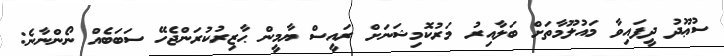
ސުޢޫދު ދީފައިވާ މައުލޫމާތަށް ބަލާއިރު މަރުކޮމިޝަނަށް ރައީސް ޔާމީން ޙާޒިރުކުރަންޖެހޭ ސަބަބެއް ނޯންނާނެ: